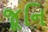
જૂનિ